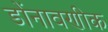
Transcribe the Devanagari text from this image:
डोंनावणीक